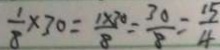
\frac { 1 } { 8 } \times 3 0 = \frac { 1 \times 3 0 } { 8 } = \frac { 3 0 } { 8 } = \frac { 1 5 } { 4 }